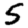
Digit: 5